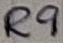
Text: R9